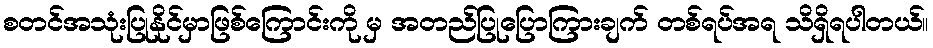
စတင်အသုံးပြုနိုင်မှာဖြစ်ကြောင်းကို မှ အတည်ပြုပြောကြားချက် တစ်ရပ်အရ သိရှိရပါတယ်။